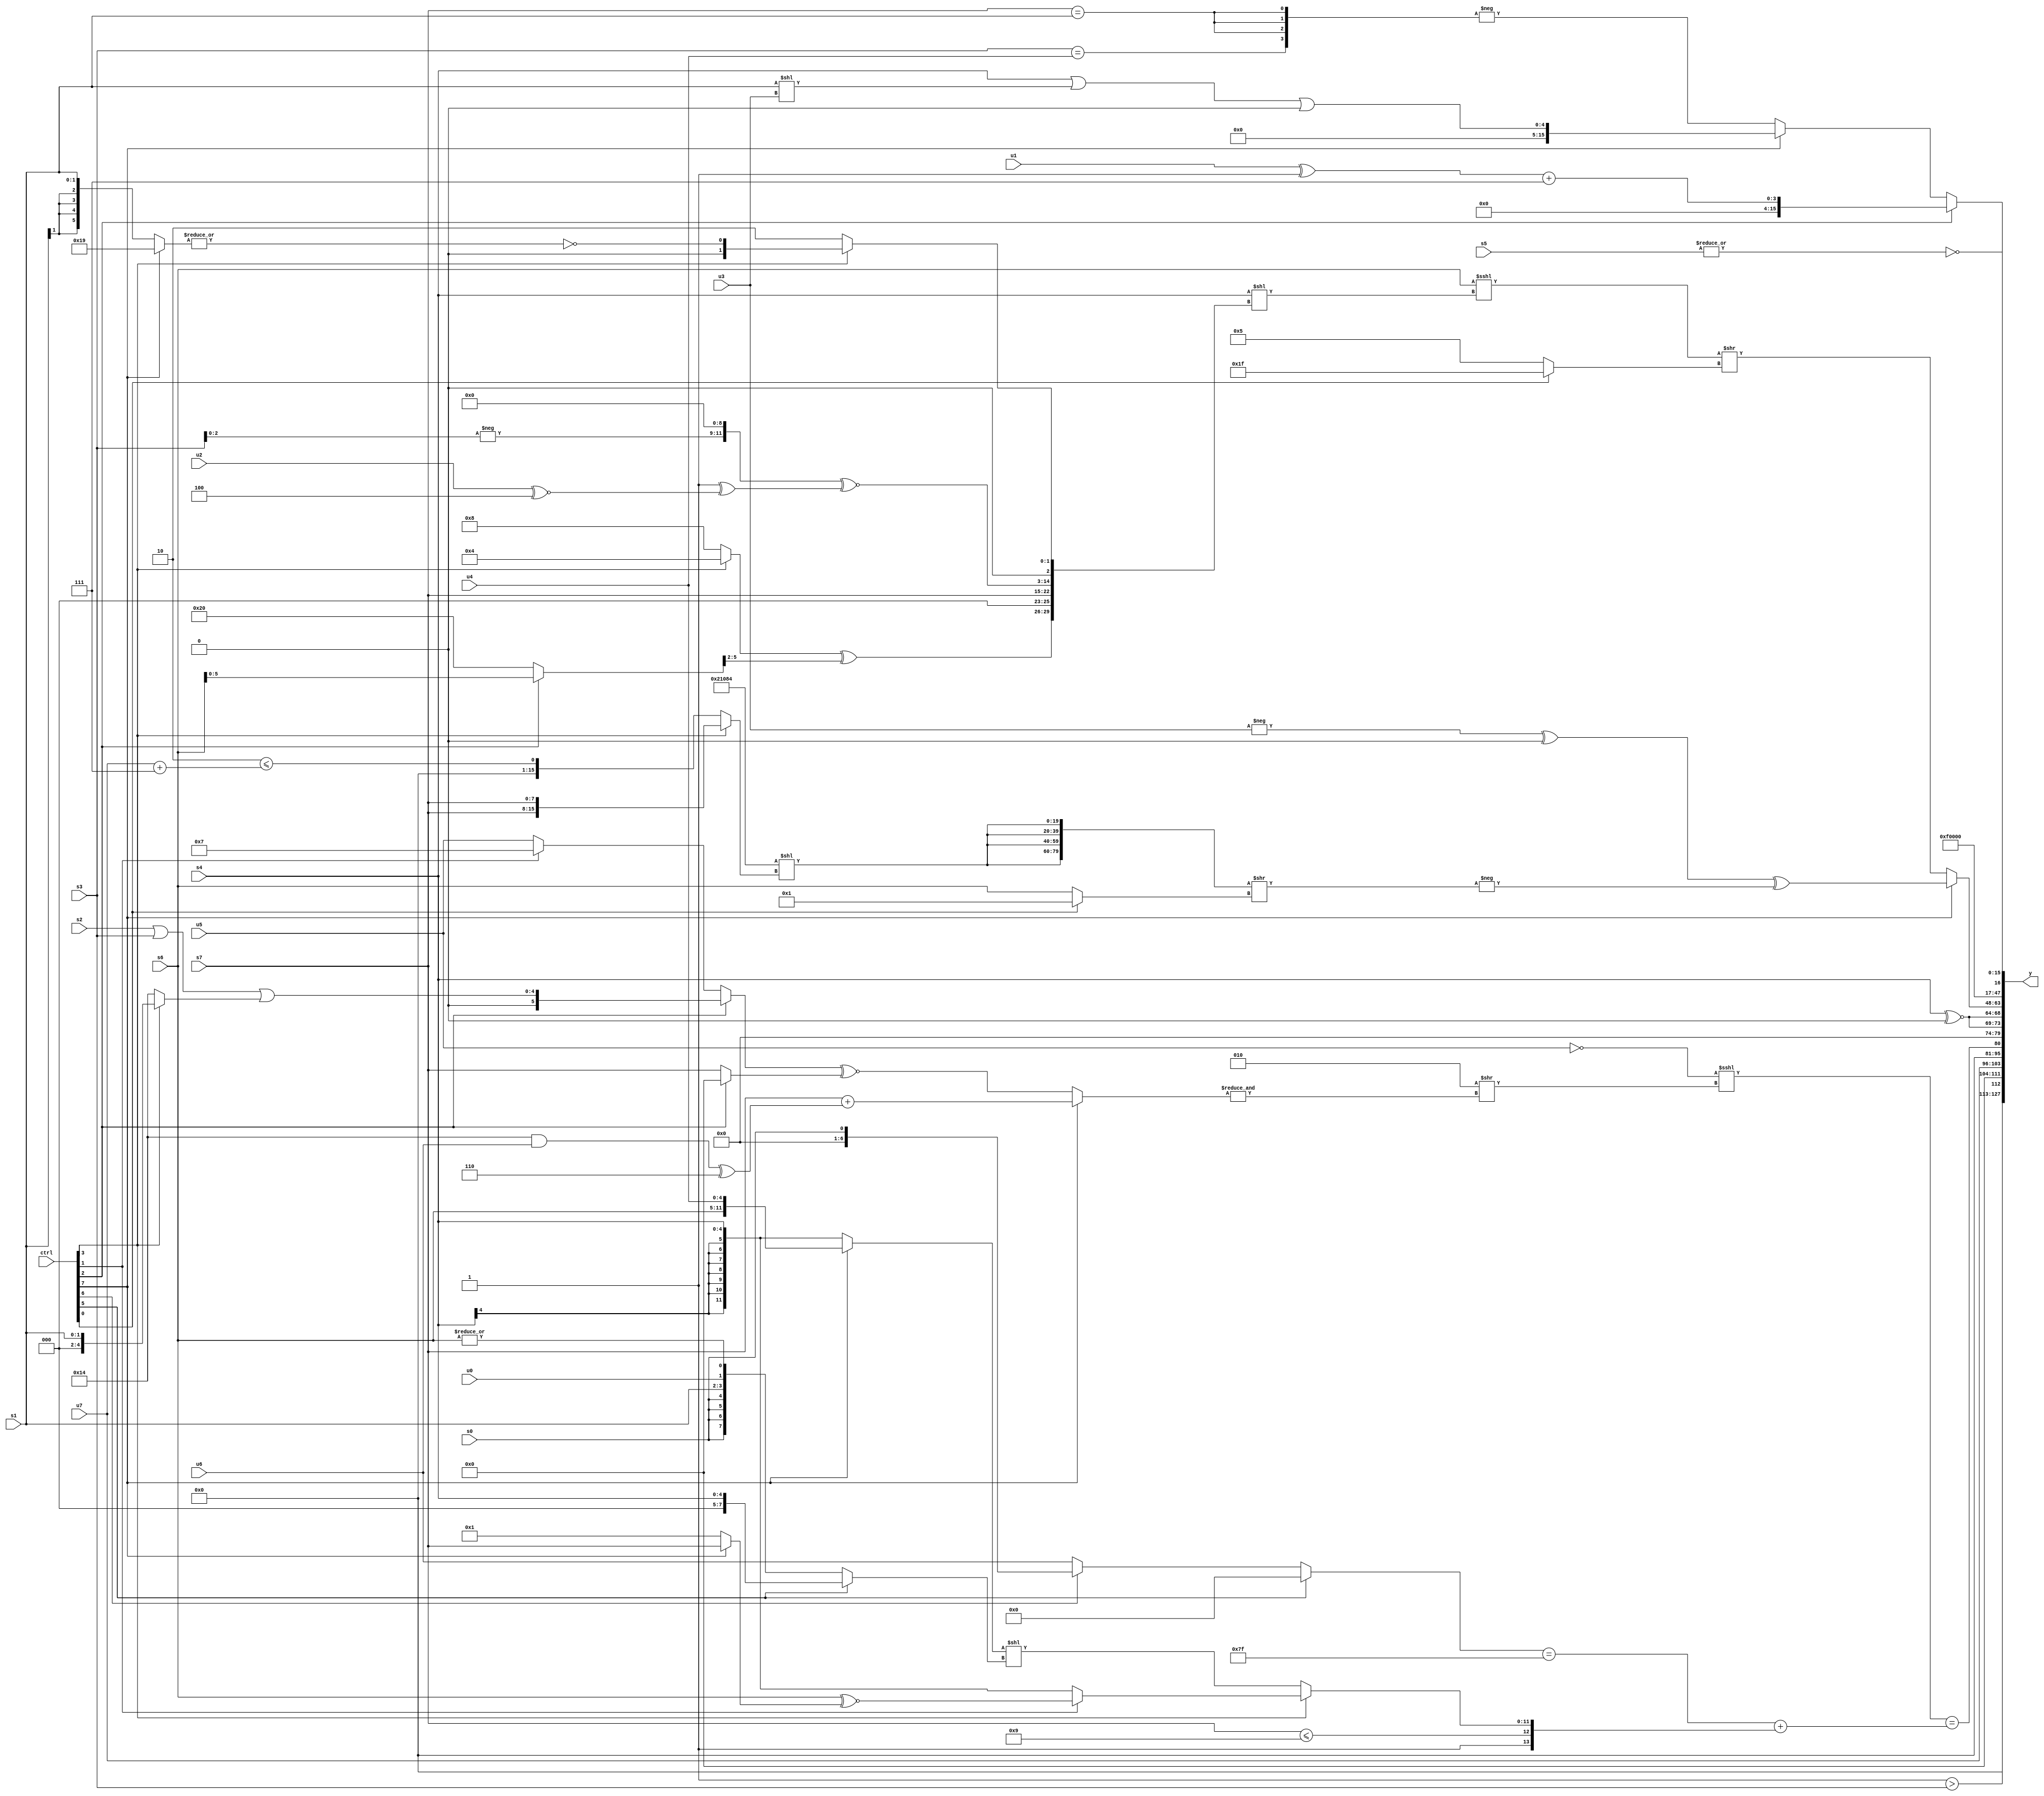
module wideexpr_00903(ctrl, u0, u1, u2, u3, u4, u5, u6, u7, s0, s1, s2, s3, s4, s5, s6, s7, y);
  input [7:0] ctrl;
  input [0:0] u0;
  input [1:0] u1;
  input [2:0] u2;
  input [3:0] u3;
  input [4:0] u4;
  input [5:0] u5;
  input [6:0] u6;
  input [7:0] u7;
  input signed [0:0] s0;
  input signed [1:0] s1;
  input signed [2:0] s2;
  input signed [3:0] s3;
  input signed [4:0] s4;
  input signed [5:0] s5;
  input signed [6:0] s6;
  input signed [7:0] s7;
  output [127:0] y;
  wire [15:0] y0;
  wire [15:0] y1;
  wire [15:0] y2;
  wire [15:0] y3;
  wire [15:0] y4;
  wire [15:0] y5;
  wire [15:0] y6;
  wire [15:0] y7;
  assign y = {y0,y1,y2,y3,y4,y5,y6,y7};
  assign y0 = (+(-(5'b11111)))>(s3);
  assign y1 = +(+(u7));
  assign y2 = ((!(u5))<<<((+(+(3'sb010)))>>(&((ctrl[7]?(s7)+(($signed((5'b10100)&(u6)))^(3'sb110)):((ctrl[2]?((s2)|(s3))|((ctrl[3]?s1:6'sb010100)):+((ctrl[1]?3'sb111:u5))))^~((ctrl[2]?-($unsigned(2'sb00)):s7)))))))==((((ctrl[5]?2'sb00:(ctrl[6]?(ctrl[1]?s0:s0):+(u6))))==(-((5'sb10100)!=(2'sb11))))+({{$signed(1'sb1),-((s7)<=(4'sb1001)),(ctrl[3]?+((ctrl[1]?($signed(s6))^~((ctrl[7]?s7:4'sb0001)):$signed($signed(s4)))):((ctrl[7]?$signed({s6,u4}):s4))<<((ctrl[5]?$signed({s4}):{{4{s0}},s1,$signed(u0),|(s6)})))}}));
  assign y3 = {2{(s4)^~(1'b0)}};
  assign y4 = (ctrl[7]?((-(u3))^(((s7)>>>(1'sb1))>>(-(5'sb01100))))^(-(({4{({4{5'sb00100}})<<((ctrl[3]?{2{$signed(s7)}}:(3'sb010)<=((u7)+(3'b111))))}})>>((ctrl[0]?$signed(-(+((4'b0110)!=(5'b01011)))):{s6})))):((s6)<<<((s4)<<({(($signed((ctrl[3]?3'b100:5'b11000)))^(((ctrl[2]?s6:6'sb100000))>>(4'b0010)))<<<(2'b11),{1{s7}},(({(2'sb11)>>>(5'sb10000),{3{1'b1}},3'sb110,-(s3)})<<<(5'sb01001))^~({(2'b01)^((u2)^~(3'sb100))}),$signed((ctrl[3]?~|((ctrl[7]?6'sb011001:s1)):3'b010))})))>>((ctrl[0]?-(3'sb001):(+(5'sb00111))-(5'sb00010))));
  assign y5 = $unsigned(5'sb11110);
  assign y6 = ~|(s5);
  assign y7 = +((ctrl[2]?(($signed(u1))^(3'sb001))+(3'sb111):(ctrl[7]?((s4)|($signed(((s1)>>>(2'sb00))<<(u3))))|((-(({2{s5}})<=((6'b101100)<<<(2'b10))))>>(({2'sb00})-(6'b100011))):-({1{{-((s3)==(u4)),{3{(s7)==(s1)}}}}}))));
endmodule